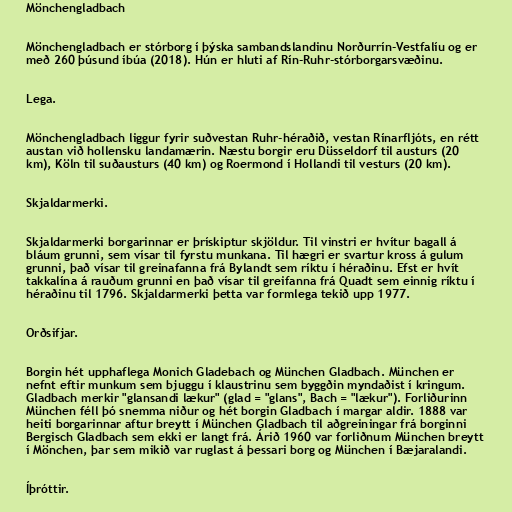
Mönchengladbach

Mönchengladbach er stórborg í þýska sambandslandinu Norðurrín-Vestfalíu og er
með 260 þúsund íbúa (2018). Hún er hluti af Rín-Ruhr-stórborgarsvæðinu.

Lega.

Mönchengladbach liggur fyrir suðvestan Ruhr-héraðið, vestan Rínarfljóts, en rétt
austan við hollensku landamærin. Næstu borgir eru Düsseldorf til austurs (20
km), Köln til suðausturs (40 km) og Roermond í Hollandi til vesturs (20 km).

Skjaldarmerki.

Skjaldarmerki borgarinnar er þrískiptur skjöldur. Til vinstri er hvítur bagall á
bláum grunni, sem vísar til fyrstu munkana. Til hægri er svartur kross á gulum
grunni, það vísar til greinafanna frá Bylandt sem ríktu í héraðinu. Efst er hvít
takkalína á rauðum grunni en það vísar til greifanna frá Quadt sem einnig ríktu í
héraðinu til 1796. Skjaldarmerki þetta var formlega tekið upp 1977.

Orðsifjar.

Borgin hét upphaflega Monich Gladebach og München Gladbach. München er
nefnt eftir munkum sem bjuggu í klaustrinu sem byggðin myndaðist í kringum.
Gladbach merkir "glansandi lækur" (glad = "glans", Bach = "lækur"). Forliðurinn
München féll þó snemma niður og hét borgin Gladbach í margar aldir. 1888 var
heiti borgarinnar aftur breytt í München Gladbach til aðgreiningar frá borginni
Bergisch Gladbach sem ekki er langt frá. Árið 1960 var forliðnum München breytt
í Mönchen, þar sem mikið var ruglast á þessari borg og München í Bæjaralandi.

Íþróttir.